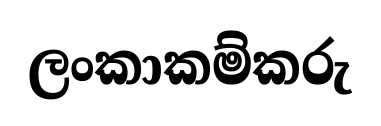
ලංකාකම්කරු